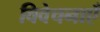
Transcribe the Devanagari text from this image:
विवेचनाएँ